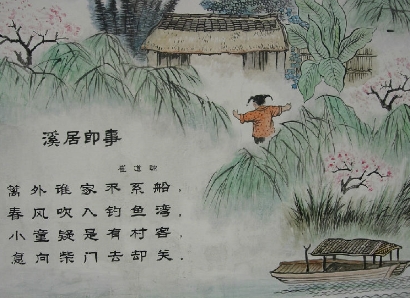
小童疑是有村客，急向柴门去却关。